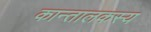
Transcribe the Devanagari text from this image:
कान्तालकस्य